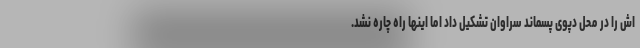
اش را در محل دپوی پسماند سراوان تشکیل داد اما اینها راه چاره نشد.